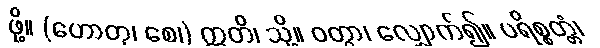
ဖို့။ (ဟောတု၊ စေ၊) ဣတိ၊ သို့။ ဝတွာ၊ လျှောက်၍။ ပရိစ္စတ္တံ၊